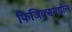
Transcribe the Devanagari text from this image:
फिजिक्समधील